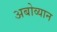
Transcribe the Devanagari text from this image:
अबोव्यान